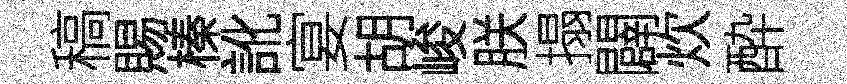
稿賜榛訛宴胡峻朕搨闢炊酔